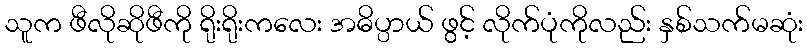
သူက ဖီလိုဆိုဖီကို ရိုးရိုးကလေး အဓိပ္ပာယ် ဖွင့် လိုက်ပုံကိုလည်း နှစ်သက်မဆုံး